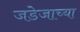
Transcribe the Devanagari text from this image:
जडेजाच्या